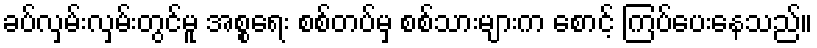
ခပ်လှမ်းလှမ်းတွင်မူ အစ္စရေး စစ်တပ်မှ စစ်သားများက စောင့် ကြပ်ပေးနေသည်။